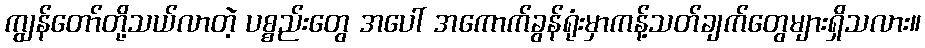
ကျွန်တော်တို့သယ်လာတဲ့ ပစ္စည်းတွေ အပေါ် အကောက်ခွန်ရုံးမှာကန့်သတ်ချက်တွေများရှိသလား။